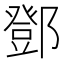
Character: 鄧